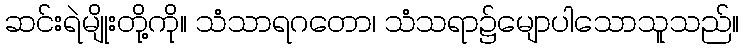
ဆင်းရဲမျိုးတို့ကို။ သံသာရဂတော၊ သံသရာ၌မျောပါသောသူသည်။